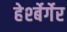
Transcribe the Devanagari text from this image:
हेर्श्बेर्गेर